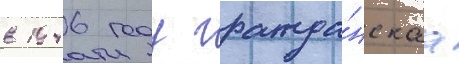
в 1946 году гражда́нскаа